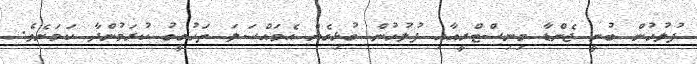
ފުލުހުން ބުނީ ޖެންޑާ މިނިސްޓްރީއާއި ފުލުހުން ގުޅިގެން އެމައްސަލަ ތަހުގީގު ކުރަމުންދާ ކަމަށެވެ.